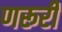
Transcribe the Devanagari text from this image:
णरूरी